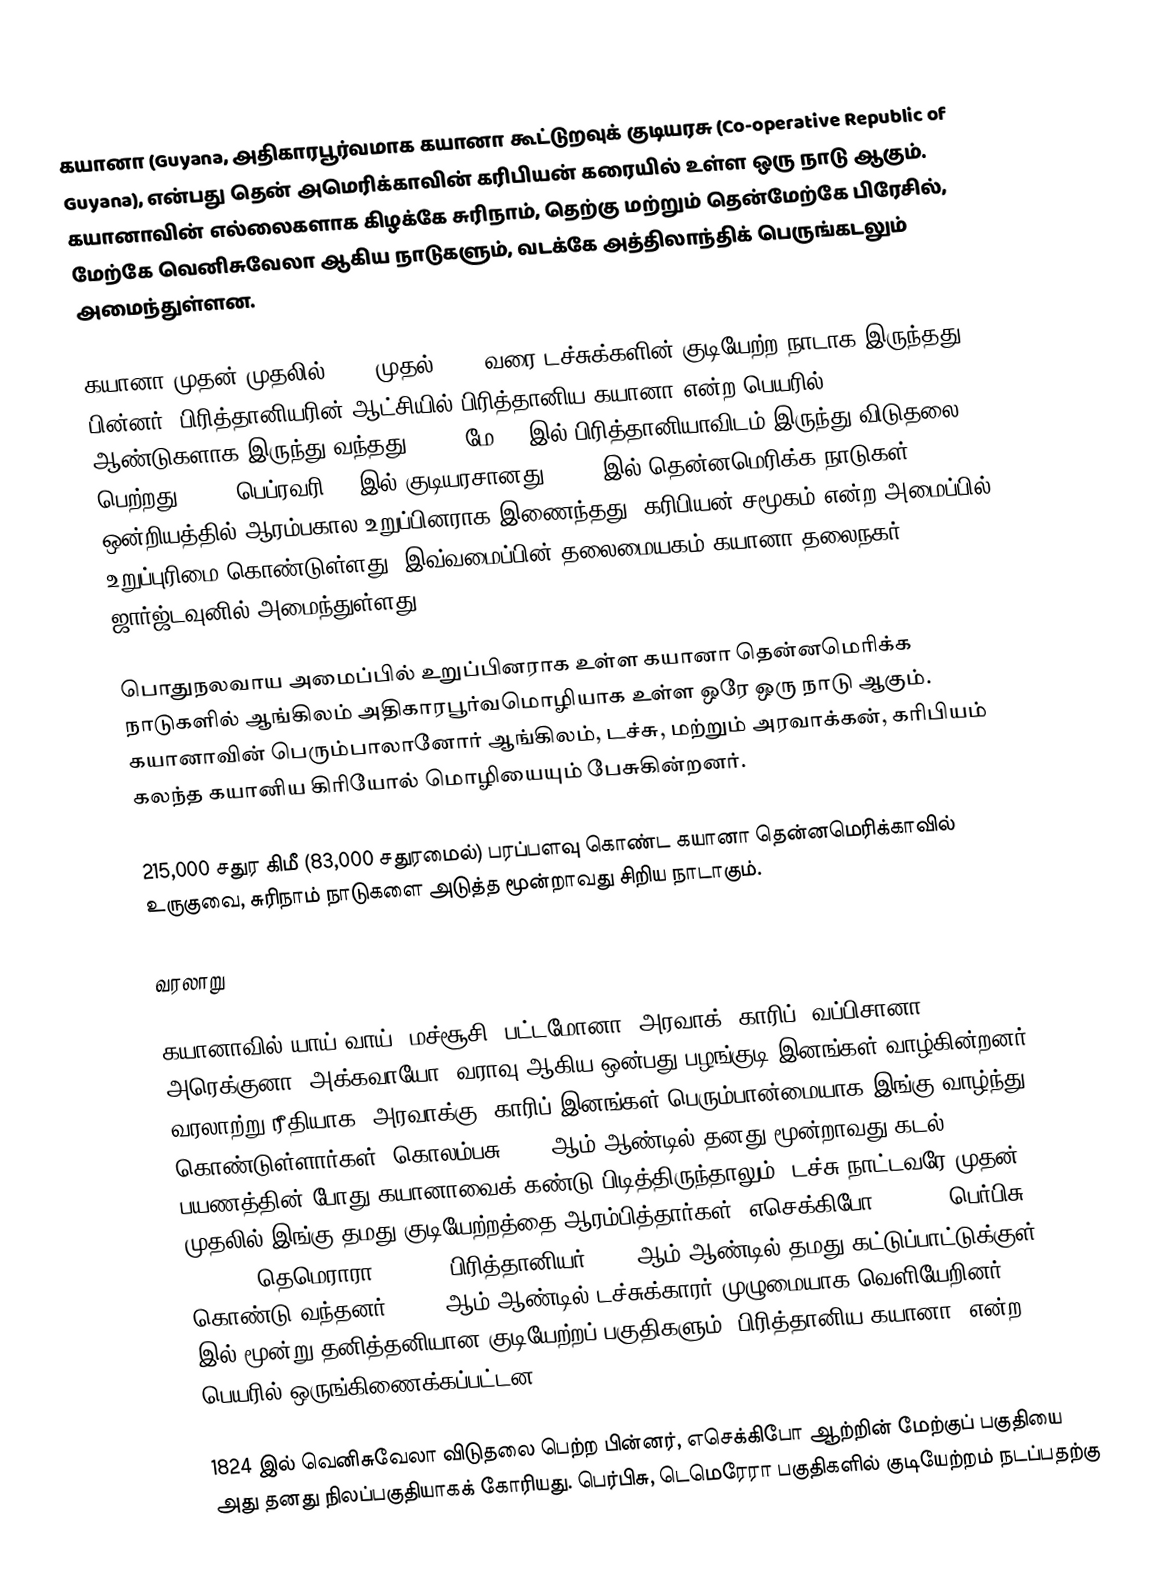
கயானா (Guyana,  அதிகாரபூர்வமாக கயானா கூட்டுறவுக் குடியரசு (Co-operative Republic of Guyana), என்பது தென் அமெரிக்காவின் கரிபியன் கரையில் உள்ள ஒரு நாடு ஆகும். கயானாவின் எல்லைகளாக கிழக்கே சுரிநாம், தெற்கு மற்றும் தென்மேற்கே பிரேசில், மேற்கே வெனிசுவேலா ஆகிய நாடுகளும், வடக்கே அத்திலாந்திக் பெருங்கடலும் அமைந்துள்ளன.

கயானா முதன் முதலில் 1667 முதல் 1814 வரை டச்சுக்களின் குடியேற்ற நாடாக இருந்தது. பின்னர், பிரித்தானியரின் ஆட்சியில் பிரித்தானிய கயானா என்ற பெயரில் 150 ஆண்டுகளாக இருந்து வந்தது. 1966 மே 26 இல் பிரித்தானியாவிடம் இருந்து விடுதலை பெற்றது. 1970 பெப்ரவரி 23 இல் குடியரசானது. 2008 இல் தென்னமெரிக்க நாடுகள் ஒன்றியத்தில் ஆரம்பகால உறுப்பினராக இணைந்தது. கரிபியன் சமூகம் என்ற அமைப்பில் உறுப்புரிமை கொண்டுள்ளது. இவ்வமைப்பின் தலைமையகம் கயானா தலைநகர் ஜார்ஜ்டவுனில் அமைந்துள்ளது.

பொதுநலவாய அமைப்பில் உறுப்பினராக உள்ள கயானா தென்னமெரிக்க நாடுகளில் ஆங்கிலம் அதிகாரபூர்வமொழியாக உள்ள ஒரே ஒரு நாடு ஆகும். கயானாவின் பெரும்பாலானோர் ஆங்கிலம், டச்சு, மற்றும் அரவாக்கன், கரிபியம் கலந்த கயானிய கிரியோல் மொழியையும் பேசுகின்றனர்.

215,000 சதுர கிமீ (83,000 சதுரமைல்) பரப்பளவு கொண்ட கயானா தென்னமெரிக்காவில் உருகுவை, சுரிநாம் நாடுகளை அடுத்த மூன்றாவது சிறிய நாடாகும்.

வரலாறு

கயானாவில் யாய் வாய், மச்சூசி, பட்டமோனா, அரவாக், காரிப், வப்பிசானா, அரெக்குனா, அக்கவாயோ, வராவு ஆகிய ஒன்பது பழங்குடி இனங்கள் வாழ்கின்றனர். வரலாற்று ரீதியாக, அரவாக்கு, காரிப் இனங்கள் பெரும்பான்மையாக இங்கு வாழ்ந்து கொண்டுள்ளார்கள். கொலம்பசு 1498 ஆம் ஆண்டில் தனது மூன்றாவது கடல் பயணத்தின் போது கயானாவைக் கண்டு பிடித்திருந்தாலும், டச்சு நாட்டவரே முதன் முதலில் இங்கு தமது குடியேற்றத்தை ஆரம்பித்தார்கள்: எசெக்கிபோ (1616), பெர்பிசு (1627), தெமெராரா (1752). பிரித்தானியர் 1796 ஆம் ஆண்டில் தமது கட்டுப்பாட்டுக்குள் கொண்டு வந்தனர். 1814 ஆம் ஆண்டில் டச்சுக்காரர் முழுமையாக வெளியேறினர். 1831 இல் மூன்று தனித்தனியான குடியேற்றப் பகுதிகளும் "பிரித்தானிய கயானா" என்ற பெயரில் ஒருங்கிணைக்கப்பட்டன.

1824 இல் வெனிசுவேலா விடுதலை பெற்ற பின்னர், எசெக்கிபோ ஆற்றின் மேற்குப் பகுதியை அது தனது நிலப்பகுதியாகக் கோரியது. பெர்பிசு, டெமெரேரா பகுதிகளில் குடியேற்றம் நடப்பதற்கு